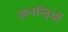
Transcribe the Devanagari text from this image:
ज्ञानन्द्रियों